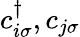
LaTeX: c_{i\sigma}^{\dagger},c_{j\sigma}